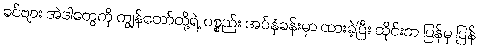
ခင်ဗျား အဲဒါတွေကို ကျွန်တော်တို့ရဲ့ ပစ္စည်း အပ်နှံခန်းမှာ ထားခဲ့ပြီး ထိုင်းက ပြန်မှ ပြန်